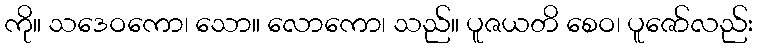
ကို။ သဒေဝကော၊ သော။ လောကော၊ သည်။ ပူဇယတိ စေဝ၊ ပူဇော်လည်း